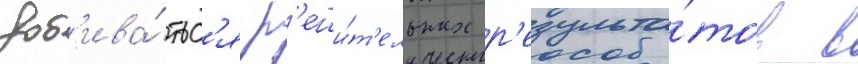
доб'ива́тьс'я р'еши́т'ельных р'езульта́тов в